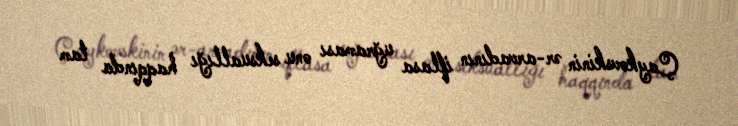
Çaykovskinin ər-arvadının iflasa uğraması onu seksuallığı haqqında tam